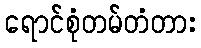
ရောင်စုံတမ်တံတား